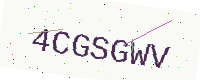
Text: 4CGSGWV